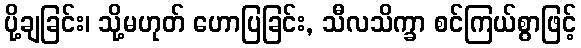
ပို့ချခြင်း၊ သို့မဟုတ် ဟောပြခြင်း, သီလသိက္ခာ စင်ကြယ်စွာဖြင့်